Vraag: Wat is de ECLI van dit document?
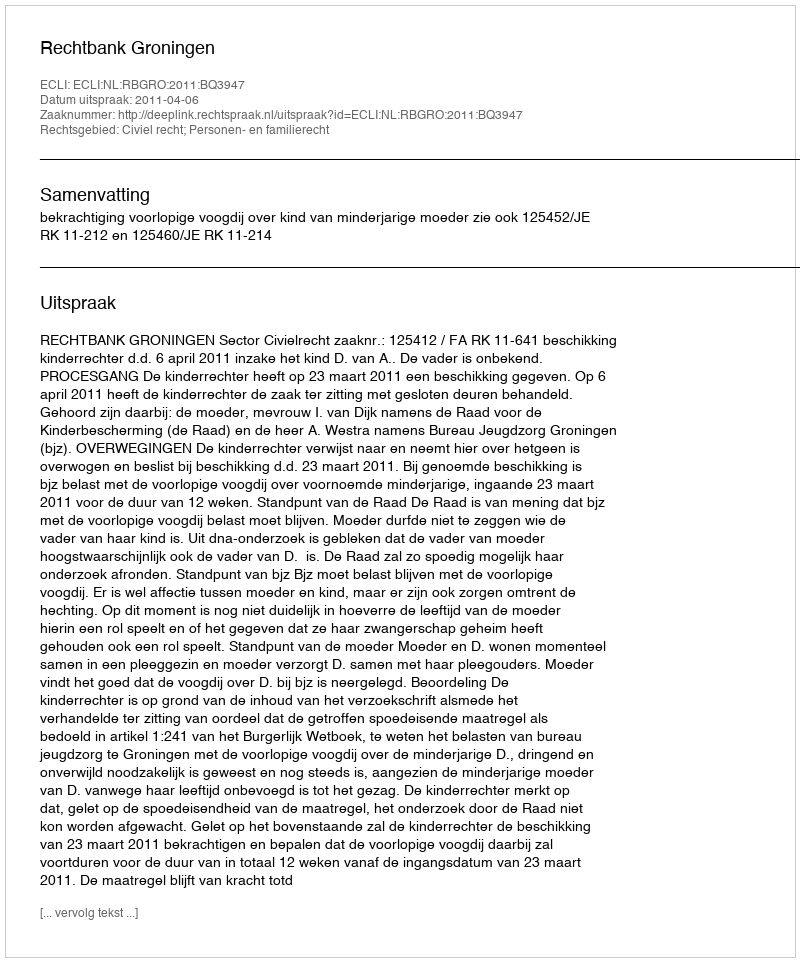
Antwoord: ECLI:NL:RBGRO:2011:BQ3947